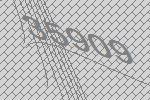
35909